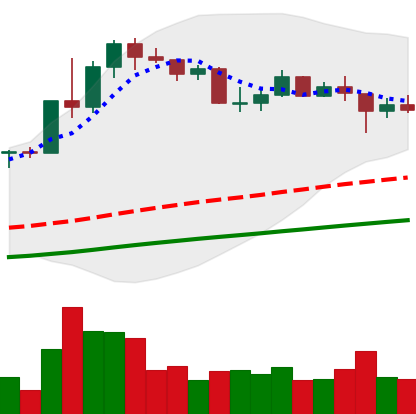
Ticker: LINK-USD
Chart end date: 2020-07-29
Forward return: 28.789%
Label: up_7plus